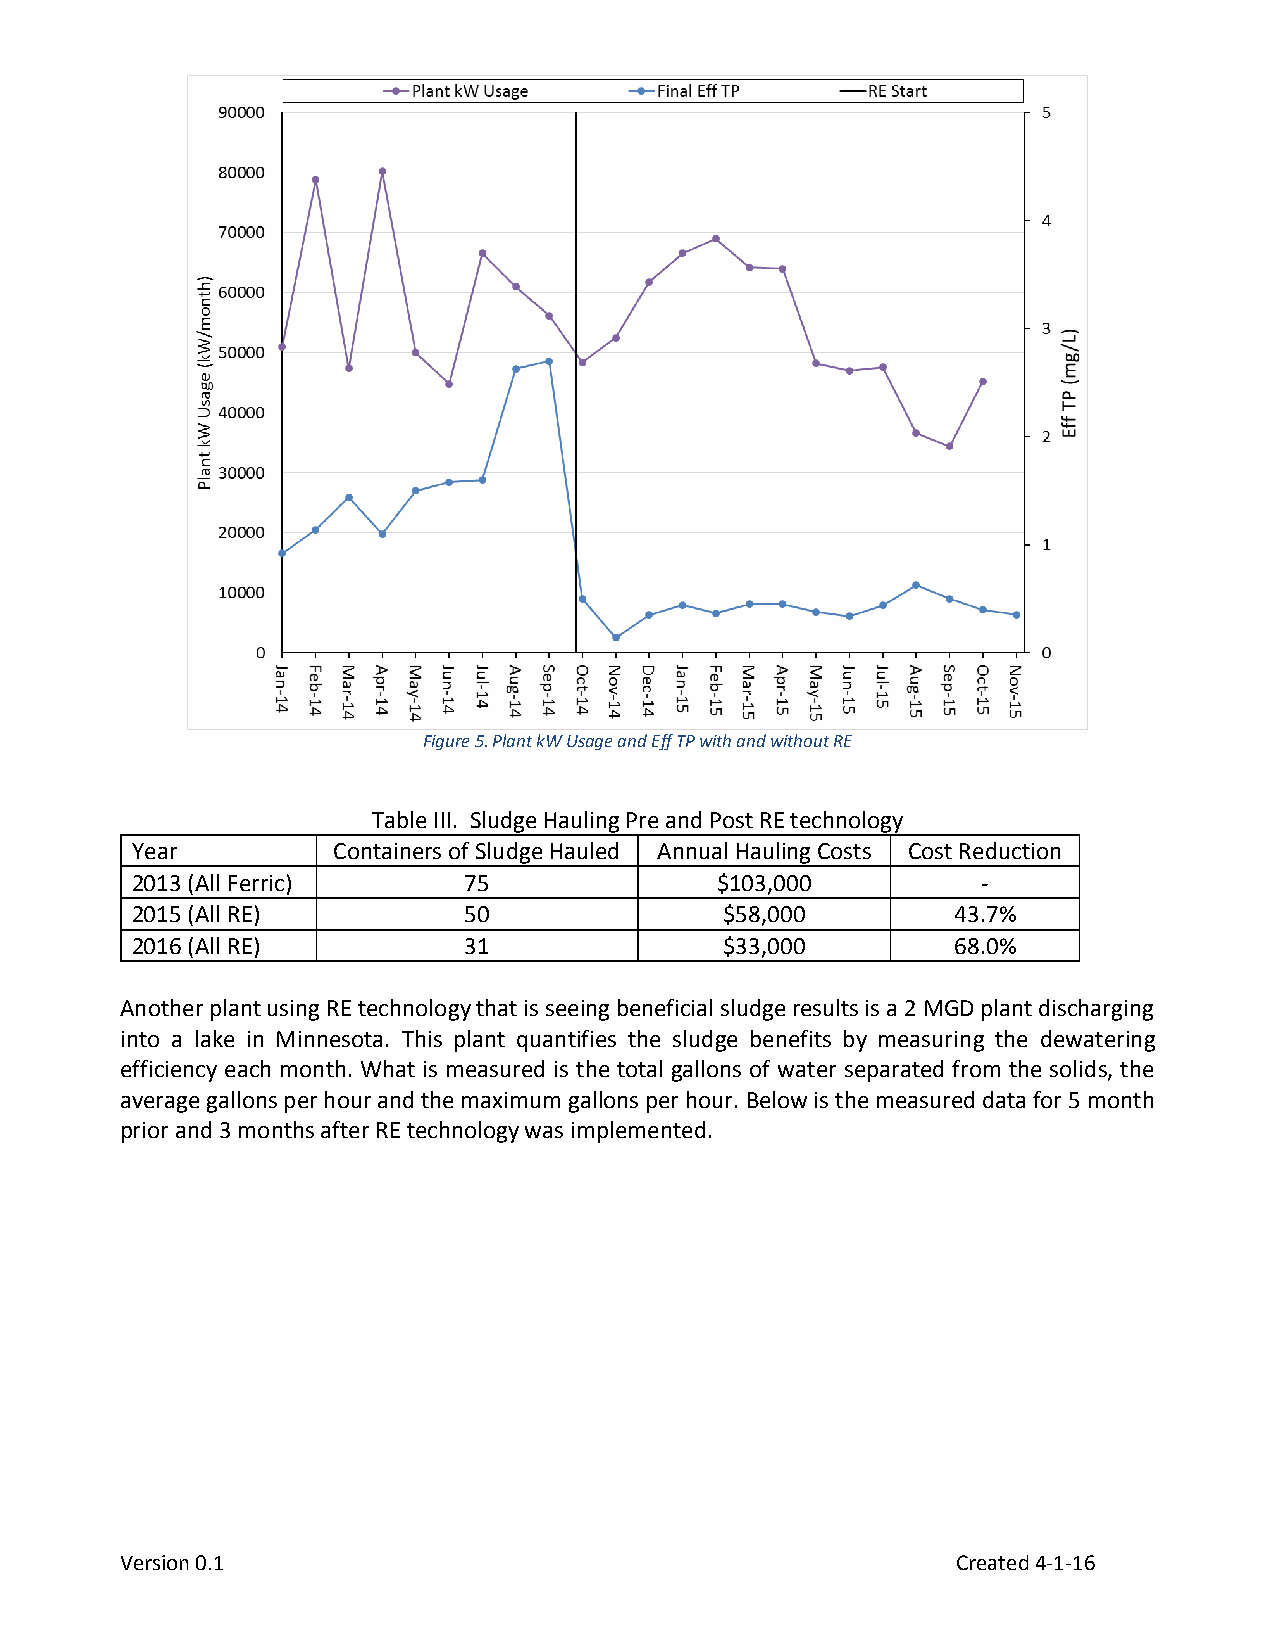
Figure 5. Plant kW Usage and Eff TP with and without RE
 Table III. Sludge Hauling Pre and Post RE technology
 Year         Containers of Sludge Hauled Annual Hauling Costs Cost Reduction
 2013 (All Ferric)     75              $103,000          -
 2015 (All RE)         50               $58,000        43.7%
 2016 (All RE)         31               $33,000        68.0%
 Another plant using RE technology that is seeing beneficial sludge results is a 2 MGD plant discharging
 into a lake in Minnesota. This plant quantifies the sludge benefits by measuring the dewatering
 efficiency each month. What is measured is the total gallons of water separated from the solids, the
 average gallons per hour and the maximum gallons per hour. Below is the measured data for 5 month
 prior and 3 months after RE technology was implemented.
 Version 0.1                                            Created 4-1-16